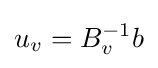
u_{v}=B_{v}^{-1}b